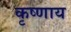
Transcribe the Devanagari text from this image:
कृष्णाय